Vaccination report Assam 1874-1896 - 1874-1896
Year: 1874
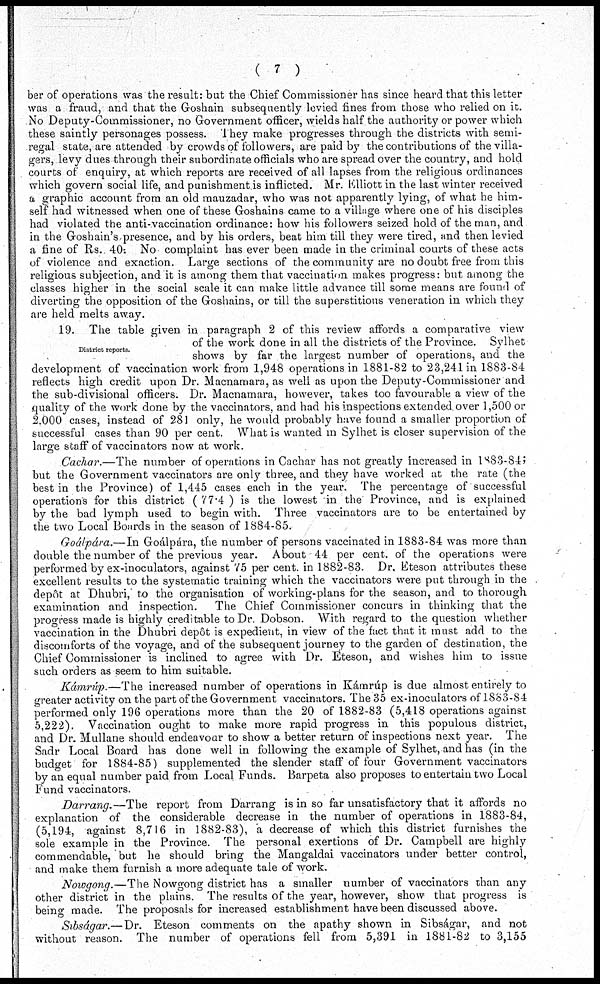
( 7 )
ber of operations was the result: but the Chief Commissioner has since heard that this letter
was a fraud, and that the Goshain subsequently levied fines from those who relied on it.
No Deputy-Commissioner, no Government officer, wields half the authority or power which
these saintly personages possess. They make progresses through the districts with semi-
regal state, are attended by crowds of followers, are paid by the contributions of the villa-
gers,.levy dues through their subordinate officials who are spread over the country, and hold
courts of enquiry, at which reports are received of all lapses from the religious ordinances
which govern social life, and punishment is inflicted. Mr. Elliott in the last winter received
a graphic account from an old mauzadar, who was not apparently lying, of what he him-
self had witnessed when one of these Goshains came to a village where one of his disciples
had violated the anti-vaccination ordinance: how his followers seized hold of the man, and
in the Goshain's, presence, and by his orders, beat him till they were tired, and then levied
a fine of Rs. 40: No complaint has ever been made in the criminal courts of these acts
of violence and exaction. Large sections of the community are no doubt free from this
religious subjection, and it is among them that vaccination makes progress: but among the
classes higher in the social scale it can make little advance till some means are found of
diverting the opposition of the Goshains, or till the superstitious veneration in which they
are held melts away.
District reports.
19. The table given in paragraph 2 of this review affords a comparative view
of the work done in all the districts of the Province. Sylhet
shows by far the largest number of operations, and the
development of vaccination work from 1,948 operations in 1881-82 to 23,241 in 1883-84
reflects high credit upon Dr. Macnamara, as well as upon the Deputy-Commissioner and
the sub-divisional officers. Dr. Macnamara, however, takes too favourable a view of the
quality of the work done by the vaccinators, and had his inspections extended over 1,500 or
2.000 cases, instead of 281 only, he would probably have found a smaller proportion of
successful cases than 90 per cent. What is wanted in Sylhet is closer supervision of the
large staff of vaccinators now at work.
Cachar.—The number of operations in Cachar has not greatly increased in 1883-84;
but the Government vaccinators are only three, and they have worked at the rate (the
best in the Province) of 1,445 cases each in the year. The percentage of successful
operations for this district ( 77.4 ) is the lowest in the Province, and is explained
by the bad lymph used to begin with. Three vaccinators are to be entertained by
the two Local Boards in the season of 1884-85.
Goálpára.—In Goálpára, the number of persons vaccinated in 1883-84 was more than
double the number of the previous year. About 44 per cent. of the operations were
performed by ex-inoculators, against 75 per cent. in 1882-83. Dr. Eteson attributes these
excellent results to the systematic training which the vaccinators were put through in the
depôt at Dhubri, to the organisation of working-plans for the season, and to thorough
examination and inspection. The Chief Commissioner concurs in thinking that the
progress made is highly creditable to Dr. Dobson. With regard to the question whether
vaccination in the Dhubri depôt is expedient, in view of the fact that it must add to the
discomforts of the voyage, and of the subsequent journey to the garden of destination, the
Chief Commissioner is inclined to agree with Dr. Eteson, and wishes him to issue
such orders as seem to him suitable.
Kámrúp.—The increased number of operations in Kámrúp is due almost entirely to
greater activity on the part of the Government vaccinators. The 35 ex-inoculators of 1883-84
performed only 196 operations more than the 20 of 1882-83 (5,418 operations against
5,222). Vaccination ought to make more rapid progress in this populous district,
and Dr. Mullane should endeavour to show a better return of inspections next year. The
Sadr Local Board has done well in following the example of Sylhet, and has (in the
budget for 1884-85) supplemented the slender staff of four Government vaccinators
by an equal number paid from Local Funds. Barpeta also proposes to entertain two Local
Fund vaccinators.
Darrang.—The report from Darrang is in so far unsatisfactory that it affords no
explanation of the considerable decrease in the number of operations in 1883-84,
(5,194, against 8,716 in 1882-83), a decrease of which this district furnishes the
sole example in the Province. The personal exertions of Dr. Campbell are highly
commendable, but he should bring the Mangaldai vaccinators under better control,
and make them furnish a more adequate tale of work.
Nowgong.—The Nowgong district has a smaller number of vaccinators than any
other district in the plains. The results of the year, however, show that progress is
being made. The proposals for increased establishment have been discussed above.
Sibságar.—Dr. Eteson comments on the apathy shown in Sibságar, and not
without reason. The number of operations fell from 5,391 in 1881-82 to 3,155